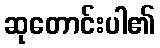
ဆုတောင်းပါ၏